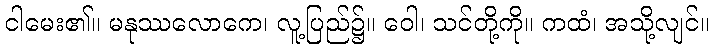
ငါမေး၏။ မနုဿလောကေ၊ လူ့ပြည်၌။ ဝေါ၊ သင်တို့ကို။ ကထံ၊ အသို့လျင်။